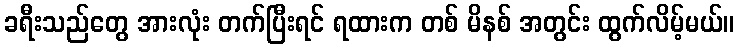
ခရီးသည်တွေ အားလုံး တက်ပြီးရင် ရထားက တစ် မိနစ် အတွင်း ထွက်လိမ့်မယ်။